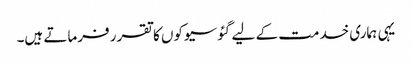
یہی ہماری خدمت کے لیے گئوسیوکوں کا تقرر فرماتے ہیں۔